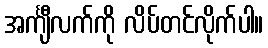
အင်္ကျီလက်ကို လိပ်တင်လိုက်ပါ။